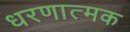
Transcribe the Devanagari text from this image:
धरणात्मक